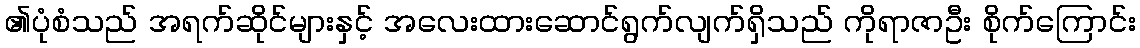
၏ပုံစံသည် အရက်ဆိုင်များနှင့် အလေးထားဆောင်ရွက်လျက်ရှိသည် ကိုရာဇာဦး စိုက်ကြောင်း